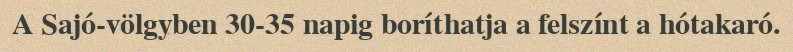
A Sajó-völgyben 30-35 napig boríthatja a felszínt a hótakaró.